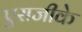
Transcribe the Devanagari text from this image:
एसजीके